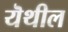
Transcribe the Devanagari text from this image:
यॆथील